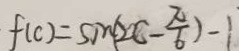
f ( C ) = \sin ( 2 C - \frac { \pi } { 6 } ) - 1